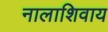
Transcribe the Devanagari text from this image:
नालाशिवाय